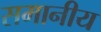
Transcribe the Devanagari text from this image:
समानीय